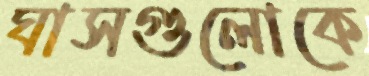
ঘাসগুলোকে